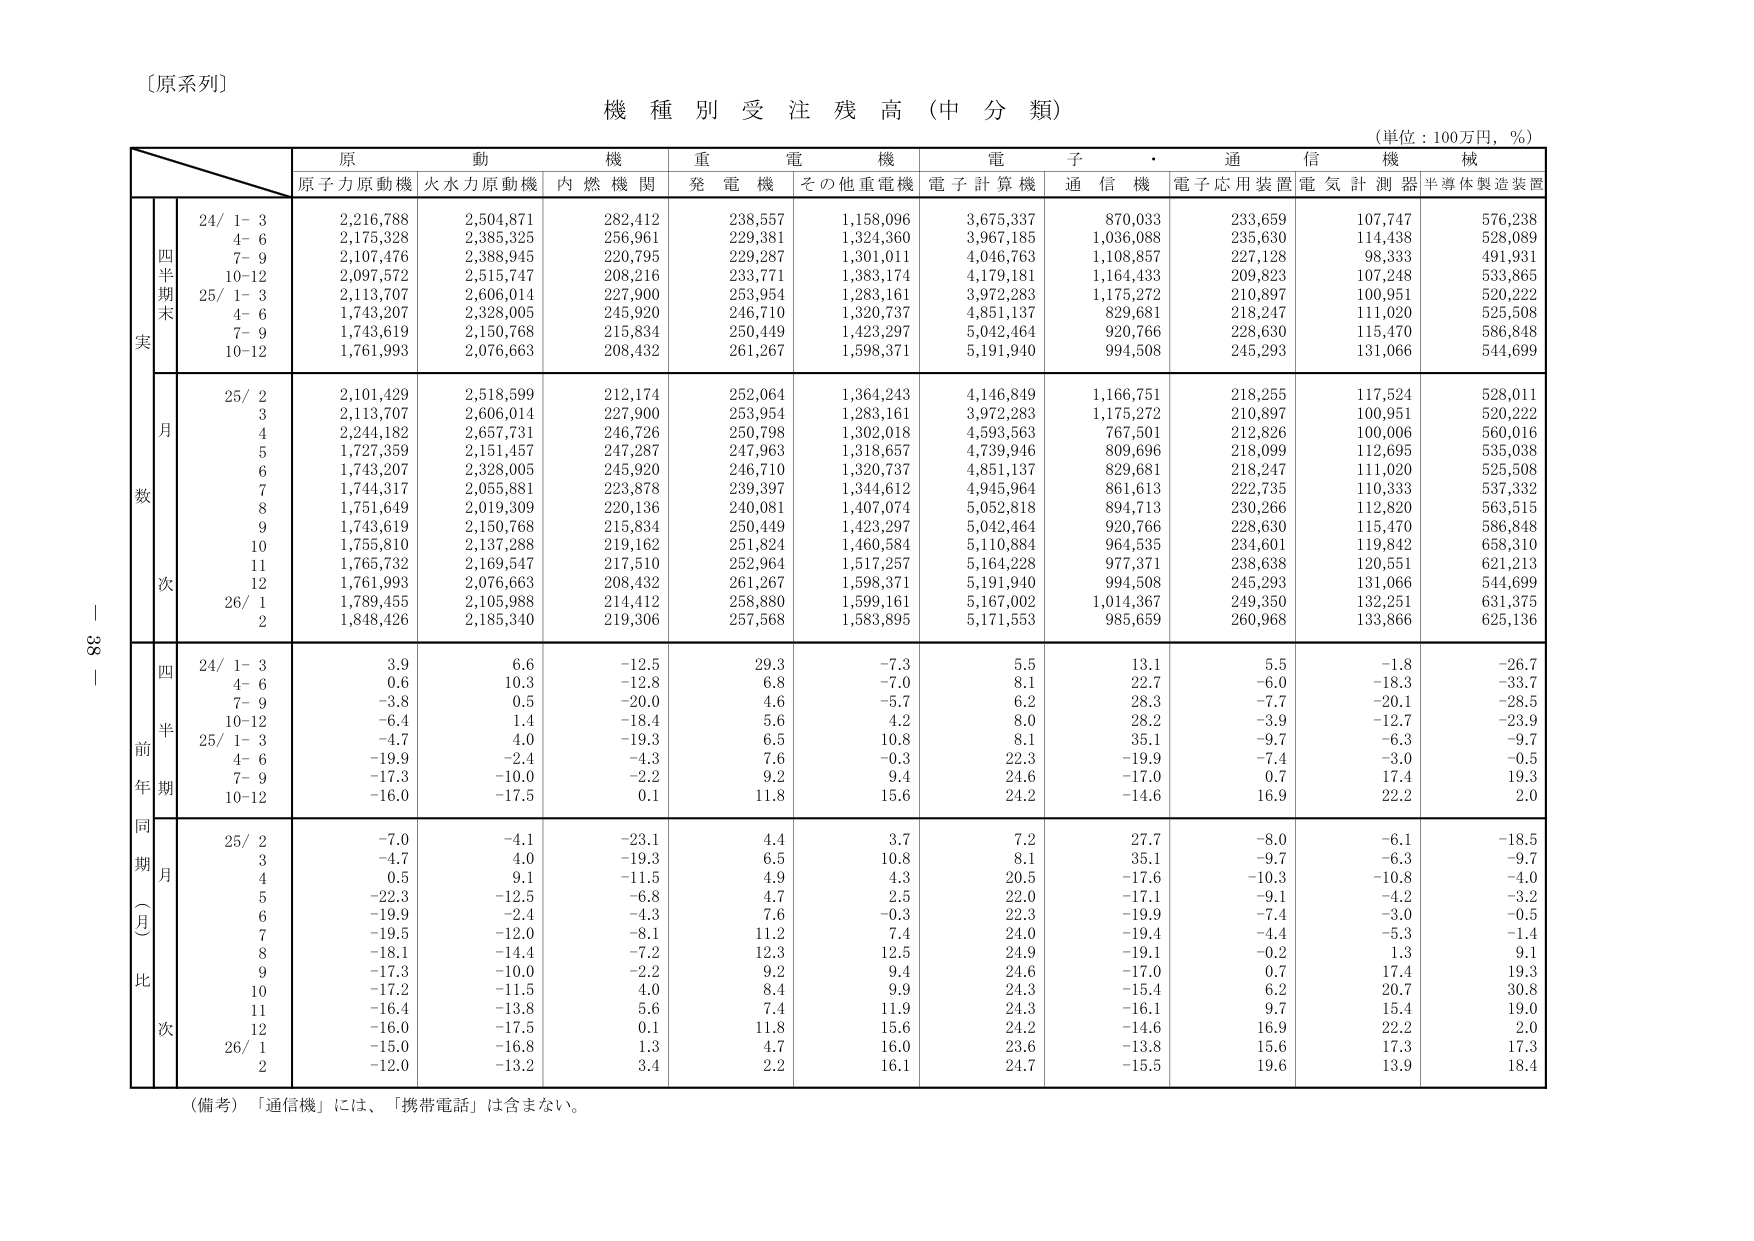
〔原系列〕

機種別受注残高（中分類）

（単位：100万円，％）

原動機　重電機　電子・通信機　機械
原子力原動機　火力力原動機　内燃機関　発電機　その他重電機　電子計算機　通信機　電子応用装置　電気計測器　半導体製造装置

四半期末
24/ 1-3　2,216,788　2,504,871　282,412　238,557　1,158,096　3,675,337　870,033　233,659　107,747　576,238
　4-6　2,175,328　2,385,325　256,961　229,381　1,324,360　3,967,185　1,036,088　235,630　114,438　528,089
　7-9　2,107,476　2,388,945　220,795　229,287　1,301,011　4,046,763　1,108,857　227,128　98,333　491,931
　10-12　2,097,572　2,515,747　208,216　233,771　1,383,174　4,179,181　1,164,433　209,823　107,248　533,865
25/ 1-3　2,113,707　2,606,014　227,900　253,954　1,283,161　3,972,283　1,175,272　210,897　100,951　520,222
　4-6　1,743,207　2,328,005　245,920　246,710　1,320,737　4,851,137　829,681　218,247　111,020　525,508
　7-9　1,743,619　2,150,768　215,834　250,449　1,423,297　5,042,464　920,766　228,630　115,470　586,848
　10-12　1,761,993　2,076,663　208,432　261,267　1,598,371　5,191,940　994,508　245,293　131,066　544,699

月数
25/ 2　2,101,429　2,518,599　212,174　252,064　1,364,243　4,146,849　1,166,751　218,255　117,524　528,011
　3　2,113,707　2,606,014　227,900　253,954　1,283,161　3,972,283　1,175,272　210,897　100,951　520,222
　4　2,244,182　2,657,731　246,726　250,798　1,302,018　4,593,563　767,501　212,826　100,006　560,016
　5　1,727,359　2,151,457　247,287　247,963　1,318,657　4,739,946　809,696　218,099　112,695　535,038
　6　1,743,207　2,328,005　245,920　246,710　1,320,737　4,851,137　829,681　218,247　111,020　525,508
　7　1,744,317　2,055,881　223,878　239,397　1,344,612　4,945,964　861,613　222,735　110,333　537,332
　8　1,751,649　2,019,309　220,136　240,081　1,407,074　5,052,818　894,713　230,266　112,820　563,515
　9　1,743,619　2,150,768　215,834　250,449　1,423,297　5,042,464　920,766　228,630　115,470　586,848
　10　1,755,810　2,137,288　219,162　251,824　1,460,584　5,110,884　964,535　234,601　119,842　658,310
　11　1,765,732　2,169,547　217,510　252,964　1,517,257　5,164,228　977,371　238,638　120,551　621,213
　12　1,761,993　2,076,663　208,432　261,267　1,598,371　5,191,940　994,508　245,293　131,066　544,699
26/ 1　1,789,455　2,105,988　214,412　258,880　1,599,161　5,167,002　1,014,367　249,350　132,251　631,375
　2　1,848,426　2,185,340　219,306　257,568　1,583,895　5,171,553　985,659　260,968　133,866　625,136

四半期
24/ 1-3　3.9　6.6　-12.5　29.3　-7.3　5.5　13.1　5.5　-1.8　-26.7
　4-6　0.6　10.3　-12.8　6.8　-7.0　8.1　22.7　-6.0　-18.3　-33.7
　7-9　-3.8　0.5　-20.0　4.6　-5.7　6.2　28.3　-7.7　-20.1　-28.5
　10-12　-6.4　1.4　-18.4　5.6　4.2　8.0　28.2　-3.9　-12.7　-23.9
25/ 1-3　-4.7　4.0　-19.3　6.5　10.8　8.1　35.1　-9.7　-6.3　-9.7
　4-6　-19.9　-2.4　-4.3　7.6　-0.3　22.3　-19.9　-7.4　-3.0　-0.5
　7-9　-17.3　-10.0　-2.2　9.2　9.4　24.6　-17.0　0.7　17.4　19.3
　10-12　-16.0　-17.5　0.1　11.8　15.6　24.2　-14.6　16.9　22.2　2.0

同期比（月次）
25/ 2　-7.0　-4.1　-23.1　4.4　3.7　7.2　27.7　-8.0　-6.1　-18.5
　3　-4.7　4.0　-19.3　6.5　10.8　8.1　35.1　-9.7　-6.3　-9.7
　4　0.5　9.1　-11.5　4.9　4.3　20.5　-17.6　-10.3　-10.8　-4.0
　5　-22.3　-12.5　-6.8　4.7　2.5　22.0　-17.1　-9.1　-4.2　-3.2
　6　-19.9　-2.4　-4.3　7.6　-0.3　22.3　-19.9　-7.4　-3.0　-0.5
　7　-19.5　-12.0　-8.1　11.2　7.4　24.0　-19.4　-4.4　-5.3　-1.4
　8　-18.1　-14.4　-7.2　12.3　12.5　24.9　-19.1　-0.2　1.3　9.1
　9　-17.3　-10.0　-2.2　9.2　9.4　24.6　-17.0　0.7　17.4　19.3
　10　-17.2　-11.5　4.0　8.4　9.9　24.3　-15.4　6.2　20.7　30.8
　11　-16.4　-13.8　5.6　7.4　11.9　24.3　-16.1　9.7　15.4　19.0
　12　-16.0　-17.5　0.1　11.8　15.6　24.2　-14.6　16.9　22.2　2.0
26/ 1　-15.0　-16.8　1.3　4.7　16.0　23.6　-13.8　15.6　17.3　17.3
　2　-12.0　-13.2　3.4　2.2　16.1　24.7　-15.5　19.6　13.9　18.4

（備考）「通信機」には、「携帯電話」は含まない。